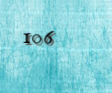
106